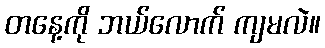
တနေ့ကို ဘယ်လောက် ကျမလဲ။